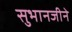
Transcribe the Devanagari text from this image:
सुभानजीने